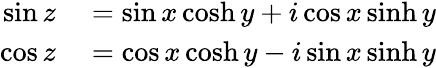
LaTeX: \begin{array}{rl}{\sin z}&{{}=\sin x\cosh y+i\cos x\sinh y}\\ {\cos z}&{{}=\cos x\cosh y-i\sin x\sinh y}\end{array}